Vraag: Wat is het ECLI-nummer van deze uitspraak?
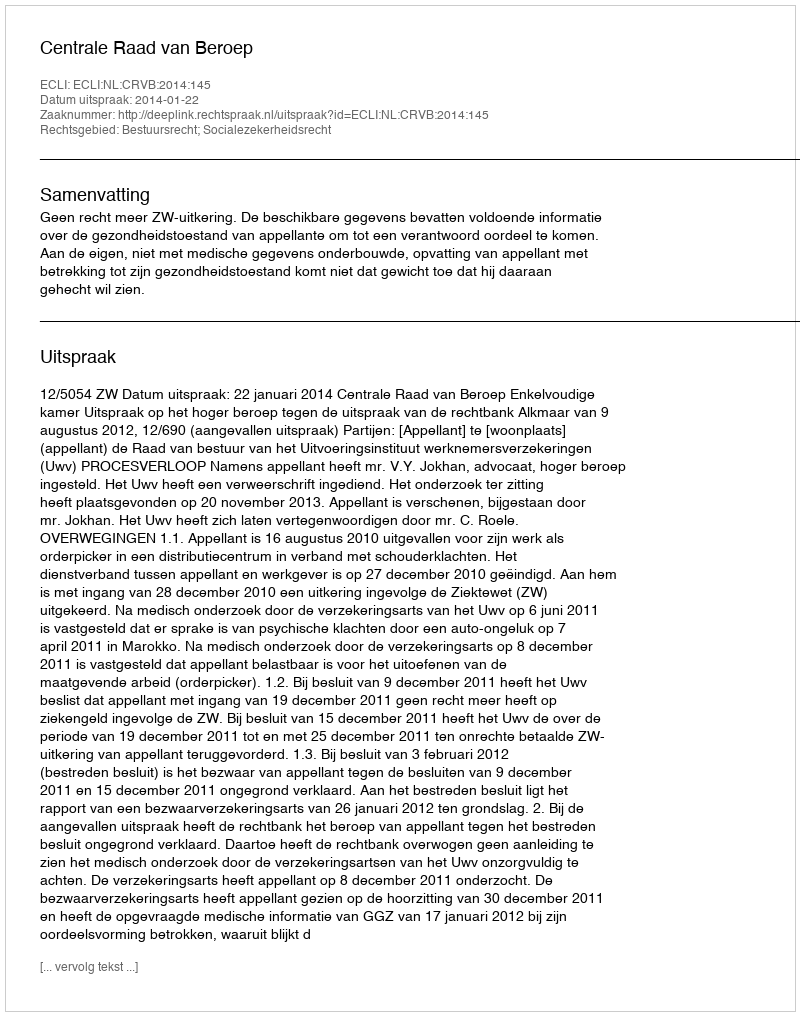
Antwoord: ECLI:NL:CRVB:2014:145